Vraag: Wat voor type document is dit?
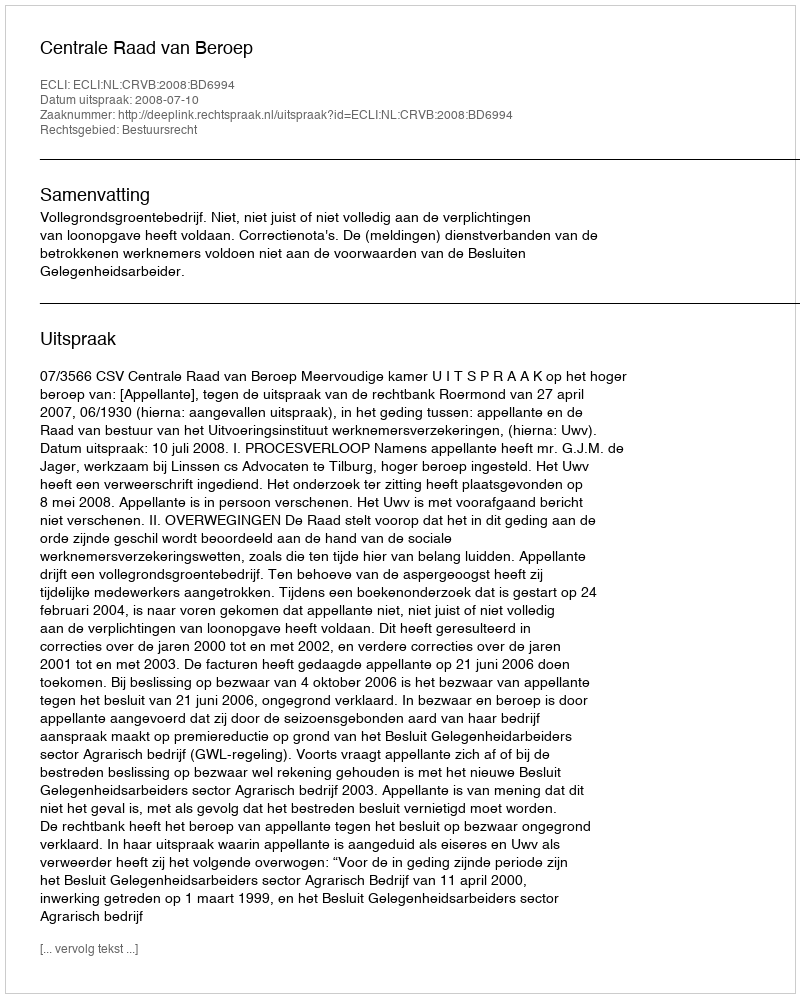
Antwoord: Uitspraak